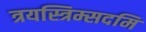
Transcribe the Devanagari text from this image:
त्रयस्त्रिम्सदमि